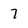
Character: 7